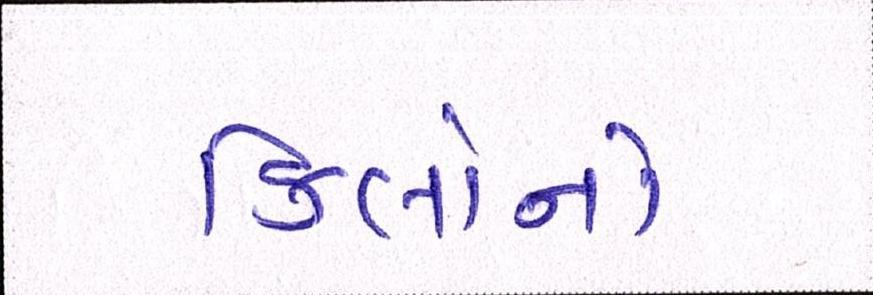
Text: કિલોનો